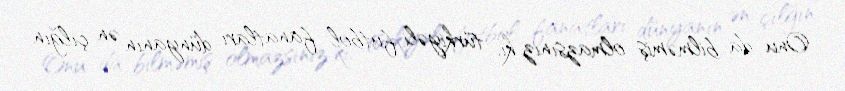
Onu da bilməmiş olmazsınız ki, türkiyəli futbol fanatları dünyanın ən çılğın